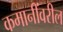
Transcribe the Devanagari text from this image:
कमानींवरील